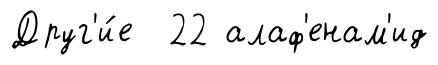
Друг'и́е 22 алаф'енам'ид